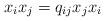
LaTeX: \begin{align*}x_ix_j = q_{ij}x_jx_i\end{align*}